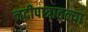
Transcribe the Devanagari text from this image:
नदीपात्रातल्या